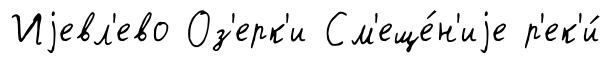
Иjевл'ево Оз'ерк'и См'еще́н'иjе р'ек'и́